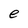
Character: e